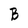
Character: B